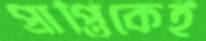
প্রাপ্তিকেই